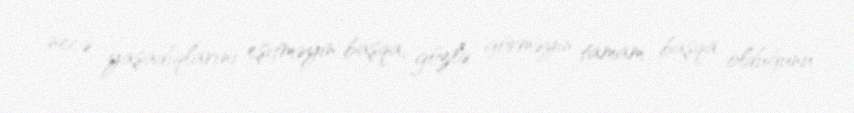
necə yaşadıqlarını eşitməyin başqa, gözlə görməyin tamam başqa olduğunu